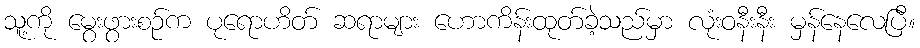
သူ့ကို မွေးဖွားစဉ်က ပုရောဟိတ် ဆရာများ ဟောကိန်းထုတ်ခဲ့သည်မှာ လုံးဝနီးနီး မှန်နေလေပြီ။